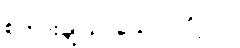
စကားချိုသာသော ပုဂ္ဂိုလ်။